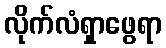
လိုက်လံရှာဖွေရာ